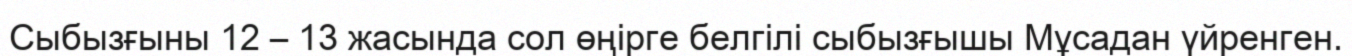
Сыбызғыны 12 – 13 жасында сол өңірге белгілі сыбызғышы Мұсадан үйренген.